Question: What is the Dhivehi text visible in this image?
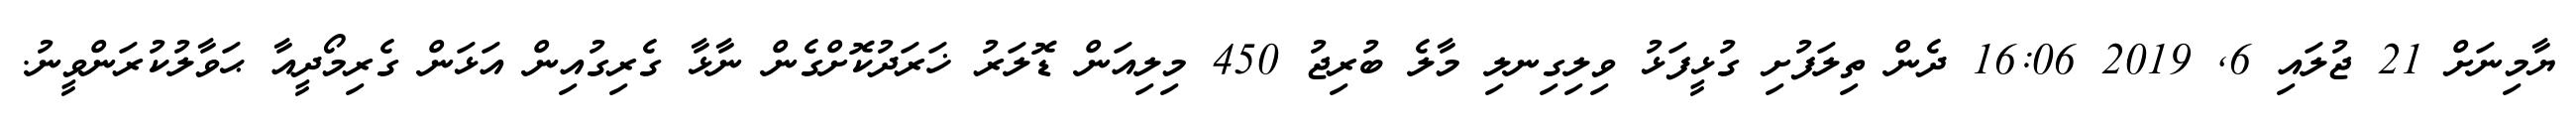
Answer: ޔާމިނަށް 21 ޖުލައި 6, 2019 16:06 ދެން ތިލަފުށި ގުޅީފަޅު ވިލިގިނލި މާލެ ބުރިޖު 450 މިލިއަން ޑޮލަރު ޚަރަދުކޮށްގެން ނާޅާ ގެރިގުއިން އަޅަން ގެރިމޯދީއާ ޙަވާލުކުރަންވީނު.